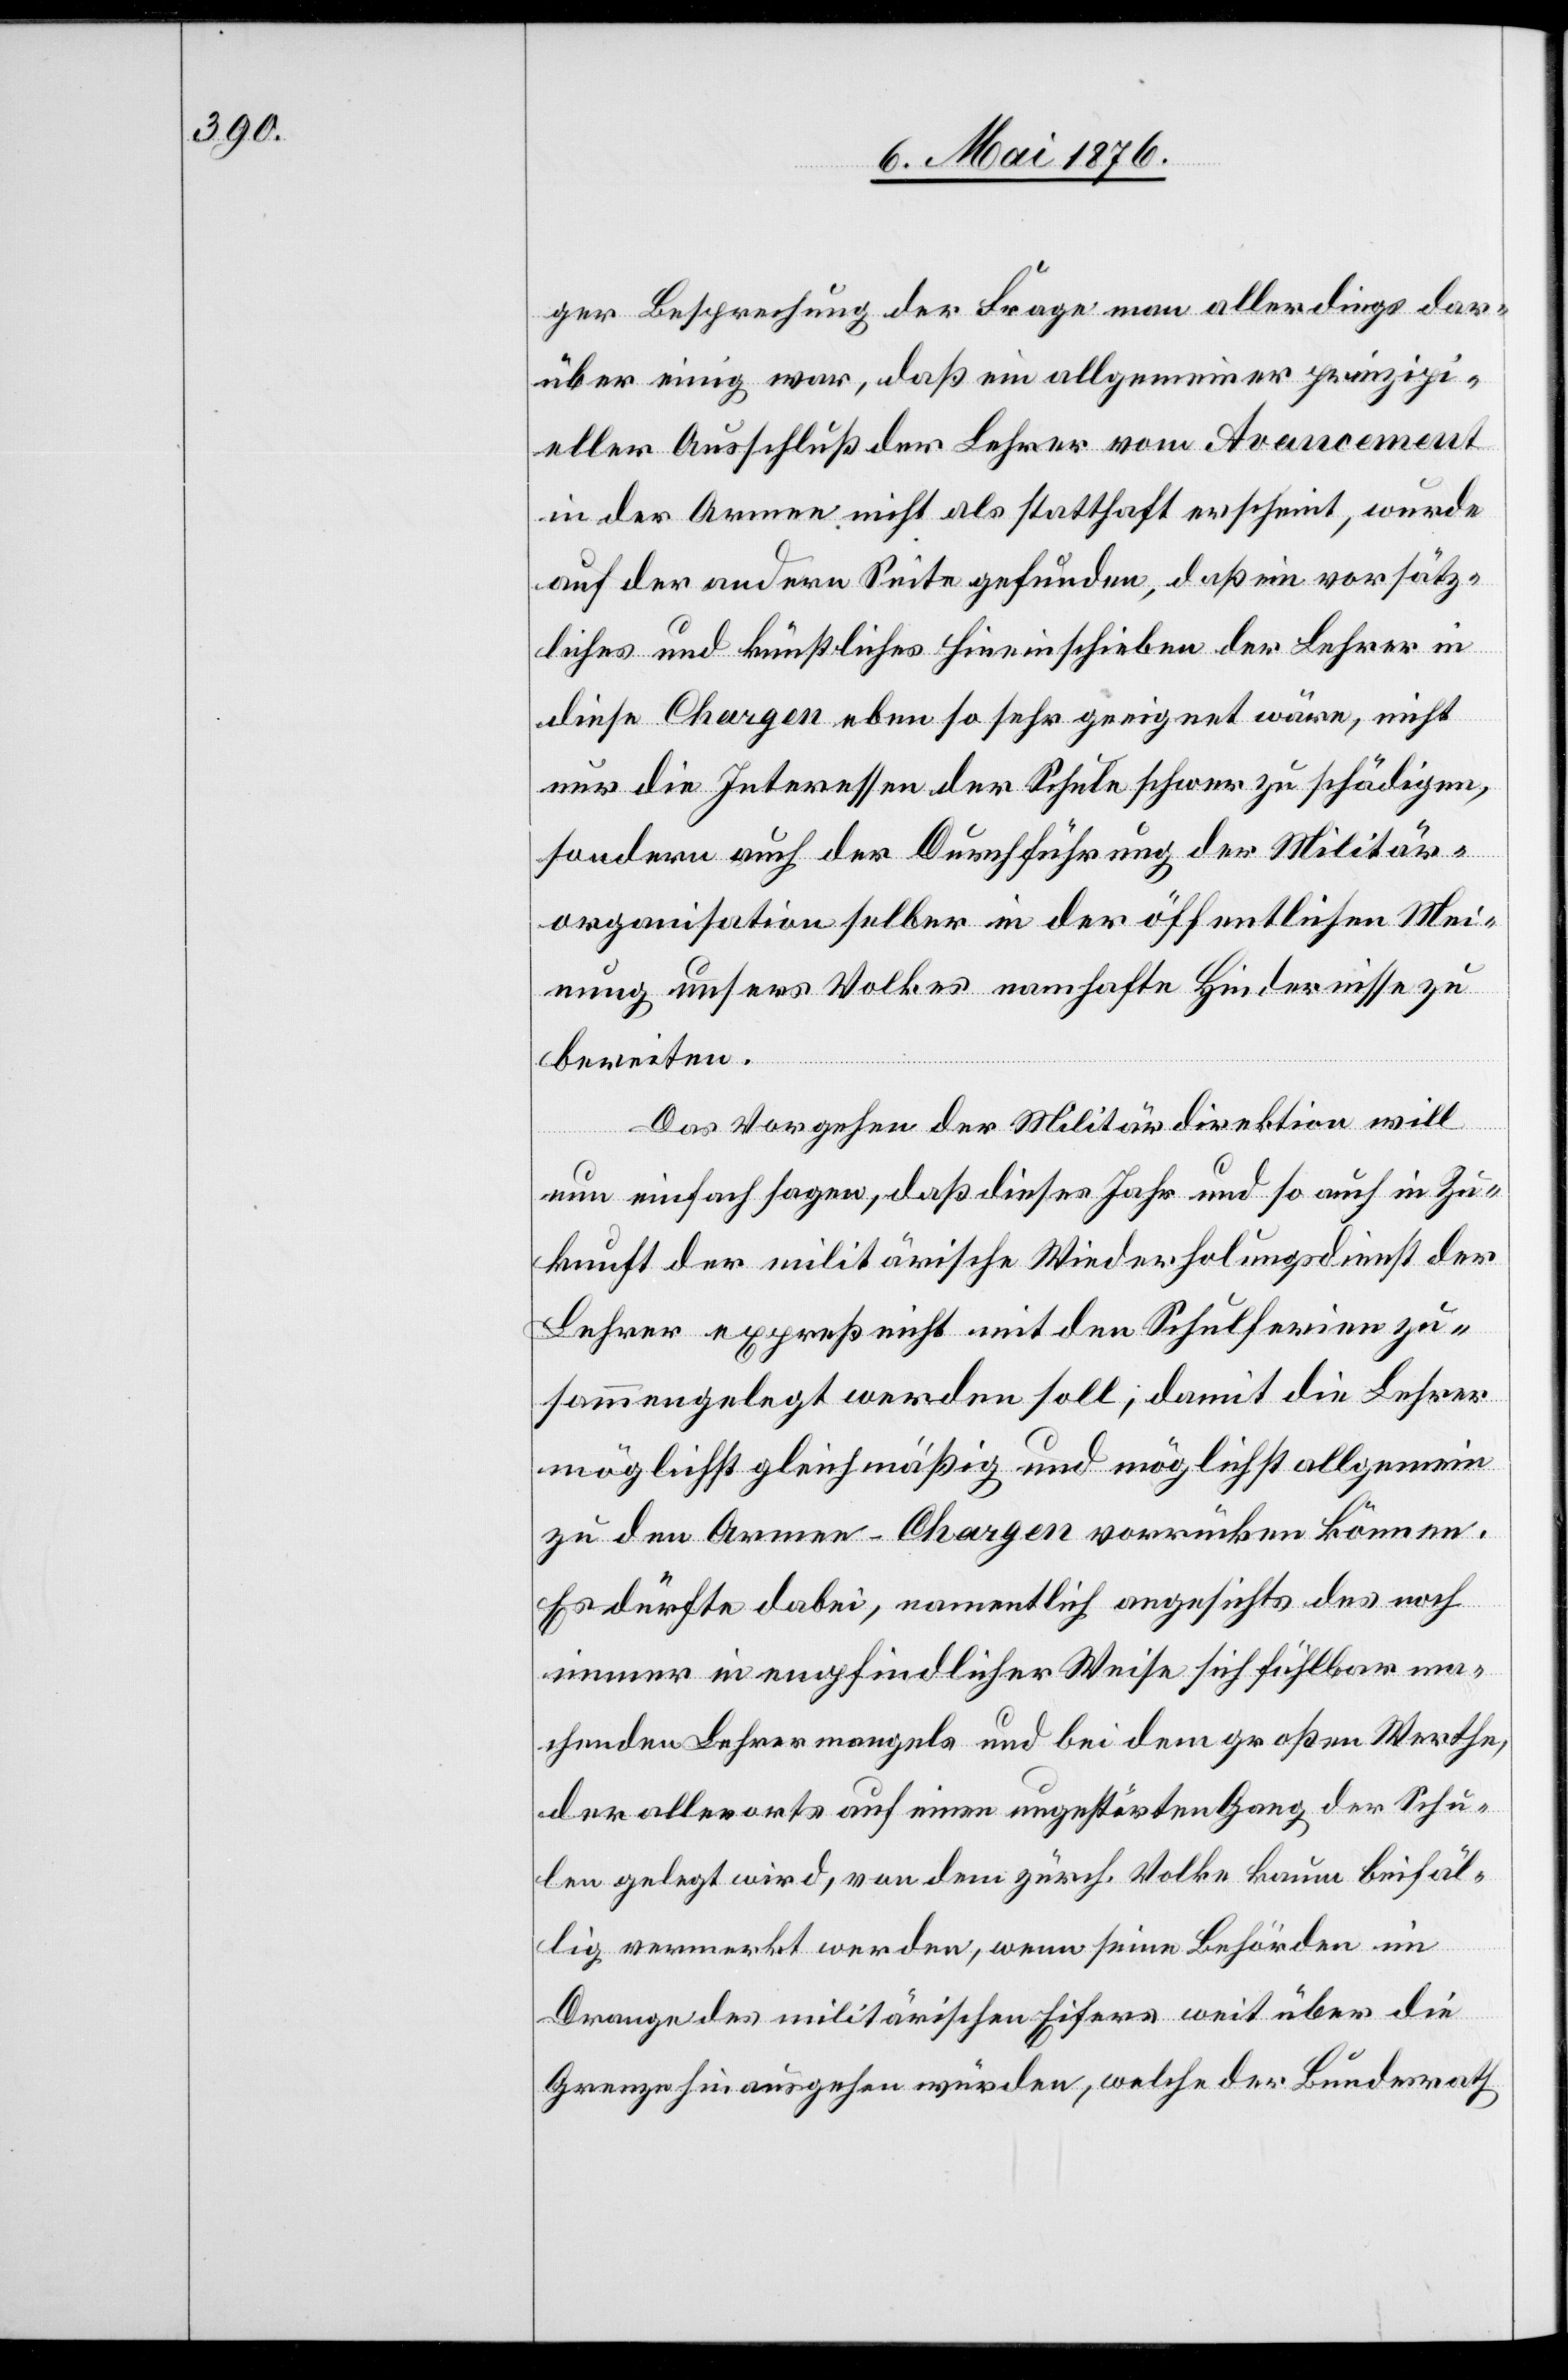
ger Besprechung der Frage man allerdings dar¬
über einig war, daß ein allgemeiner prinzipi¬
eller Ausschluß der Lehrer vom Avancement
in der Armee nicht als statthaft erscheint, wurde
auf der andern Seite gefunden, daß ein vorsätz¬
liches und künstliches Hineinschieben der Lehrer in
diese Chargen eben so sehr geeignet wäre, nicht
nur die Interessen der Schule schwer zu schädigen,
sondern auch der Durchführung der Militär¬
organisation selber in der öffentlichen Mei¬
nung unsers Volkes nahmhafte Hindernisse zu
bereiten.
Das Vorgehen der Militärdirektion will
nun einfach sagen, daß dieses Jahr und auch in Zu¬
kunft der militärische Wiederholungsdienst der
Lehrer expreß nicht mit den Schulferien zu¬
sammengelegt werden soll, damit die Lehrer
möglichst gleichmäßig und möglichst allgemein
zu den Armee-Chargen vorrücken können.
Es dürfte dabei, namentlich angesichts des noch
immer in empfindlicher Weise sich fühlbar ma¬
chenden Lehrermangels und bei dem großen Werthe,
der allerorts auf einen ungestörten Gang der Schu¬
len gelegt wird, von dem zürch. Volke kaum beifäl¬
lig vermerkt werden, wenn seine Behörden im
Drange des militärischen Eifers weit über die
Grenze hinausgehen würden, welche der Bundesrath